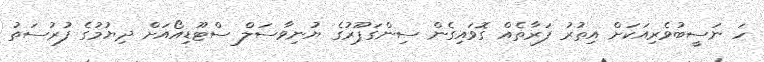
ހަ ނަސީބުވެރިއަކަށް އިތުރު ފަރާތެއް ގޮވައިގެން ސިންގަޕޫރުގެ ޔުނިވާސަލް ސްޓޫޑިއޯއަށް ދިޔުމުގެ ފުރުސަތު